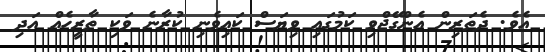
އެވެ. ދެތަރިން އެންގޭޖްވި ކަމުގައި ވިިޔަސް ކައިވެނި ކުރާނެ ވަކި ތާރީހެއް އަދި